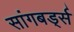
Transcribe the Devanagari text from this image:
सांगबर्ड्स